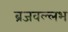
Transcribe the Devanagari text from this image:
ब्रजवल्लभ